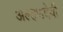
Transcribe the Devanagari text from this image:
अल्हणदेवी